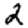
Digit: 2